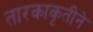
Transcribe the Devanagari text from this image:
तारकाकृतीने